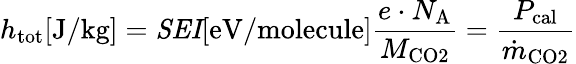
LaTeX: h_{\mathrm{tot}}[\mathrm{J/kg}]=\mathit{SEI}[\mathrm{eV/molecule}]\frac{e\cdot N_{\mathrm{A}}}{M_{\mathrm{CO2}}}=\frac{P_{\mathrm{cal}}}{\dot{m}_{\mathrm{CO2}}}